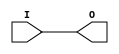
module INV(I, O);
    input  wire I;
    output wire O;

    parameter MODE="PASSTHROUGH";

    // Passthrough (no inversion) mode
    generate if (MODE == "PASSTHROUGH") begin
        assign O = I;

    // Inversion with placeable inverter
    end else if (MODE == "INVERT") begin
        NOT inverter(I, O);

    end endgenerate
endmodule